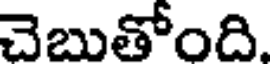
చెబుతోంది.